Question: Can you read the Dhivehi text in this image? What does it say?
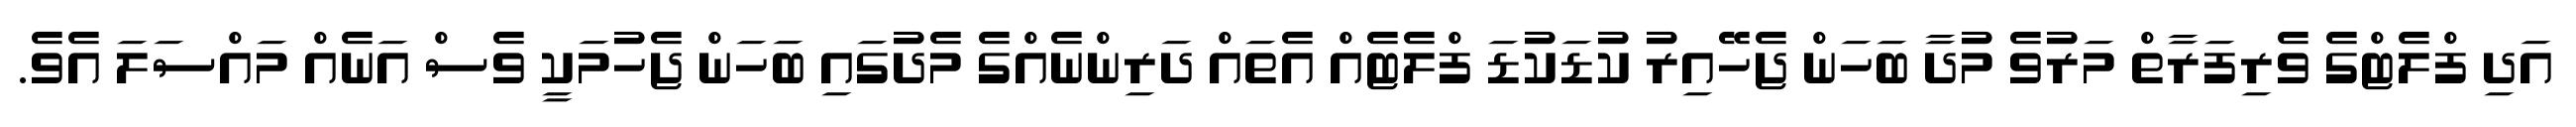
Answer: އަދި ފްލެޓްގެ ވެރިފަރާތް މަރުވެ މުދާ ބަހަން ޖެހޭއިރު ކުޑަކުޑަ ފްލެޓެއް އެތައް ދަރިންނެއްގެ މެދުގައި ބަހަން ޖެހުމަކީ ވެސް އަނެއް މައްސަލަ އެވެ.